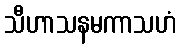
သီဟာသနမကာသဟံ